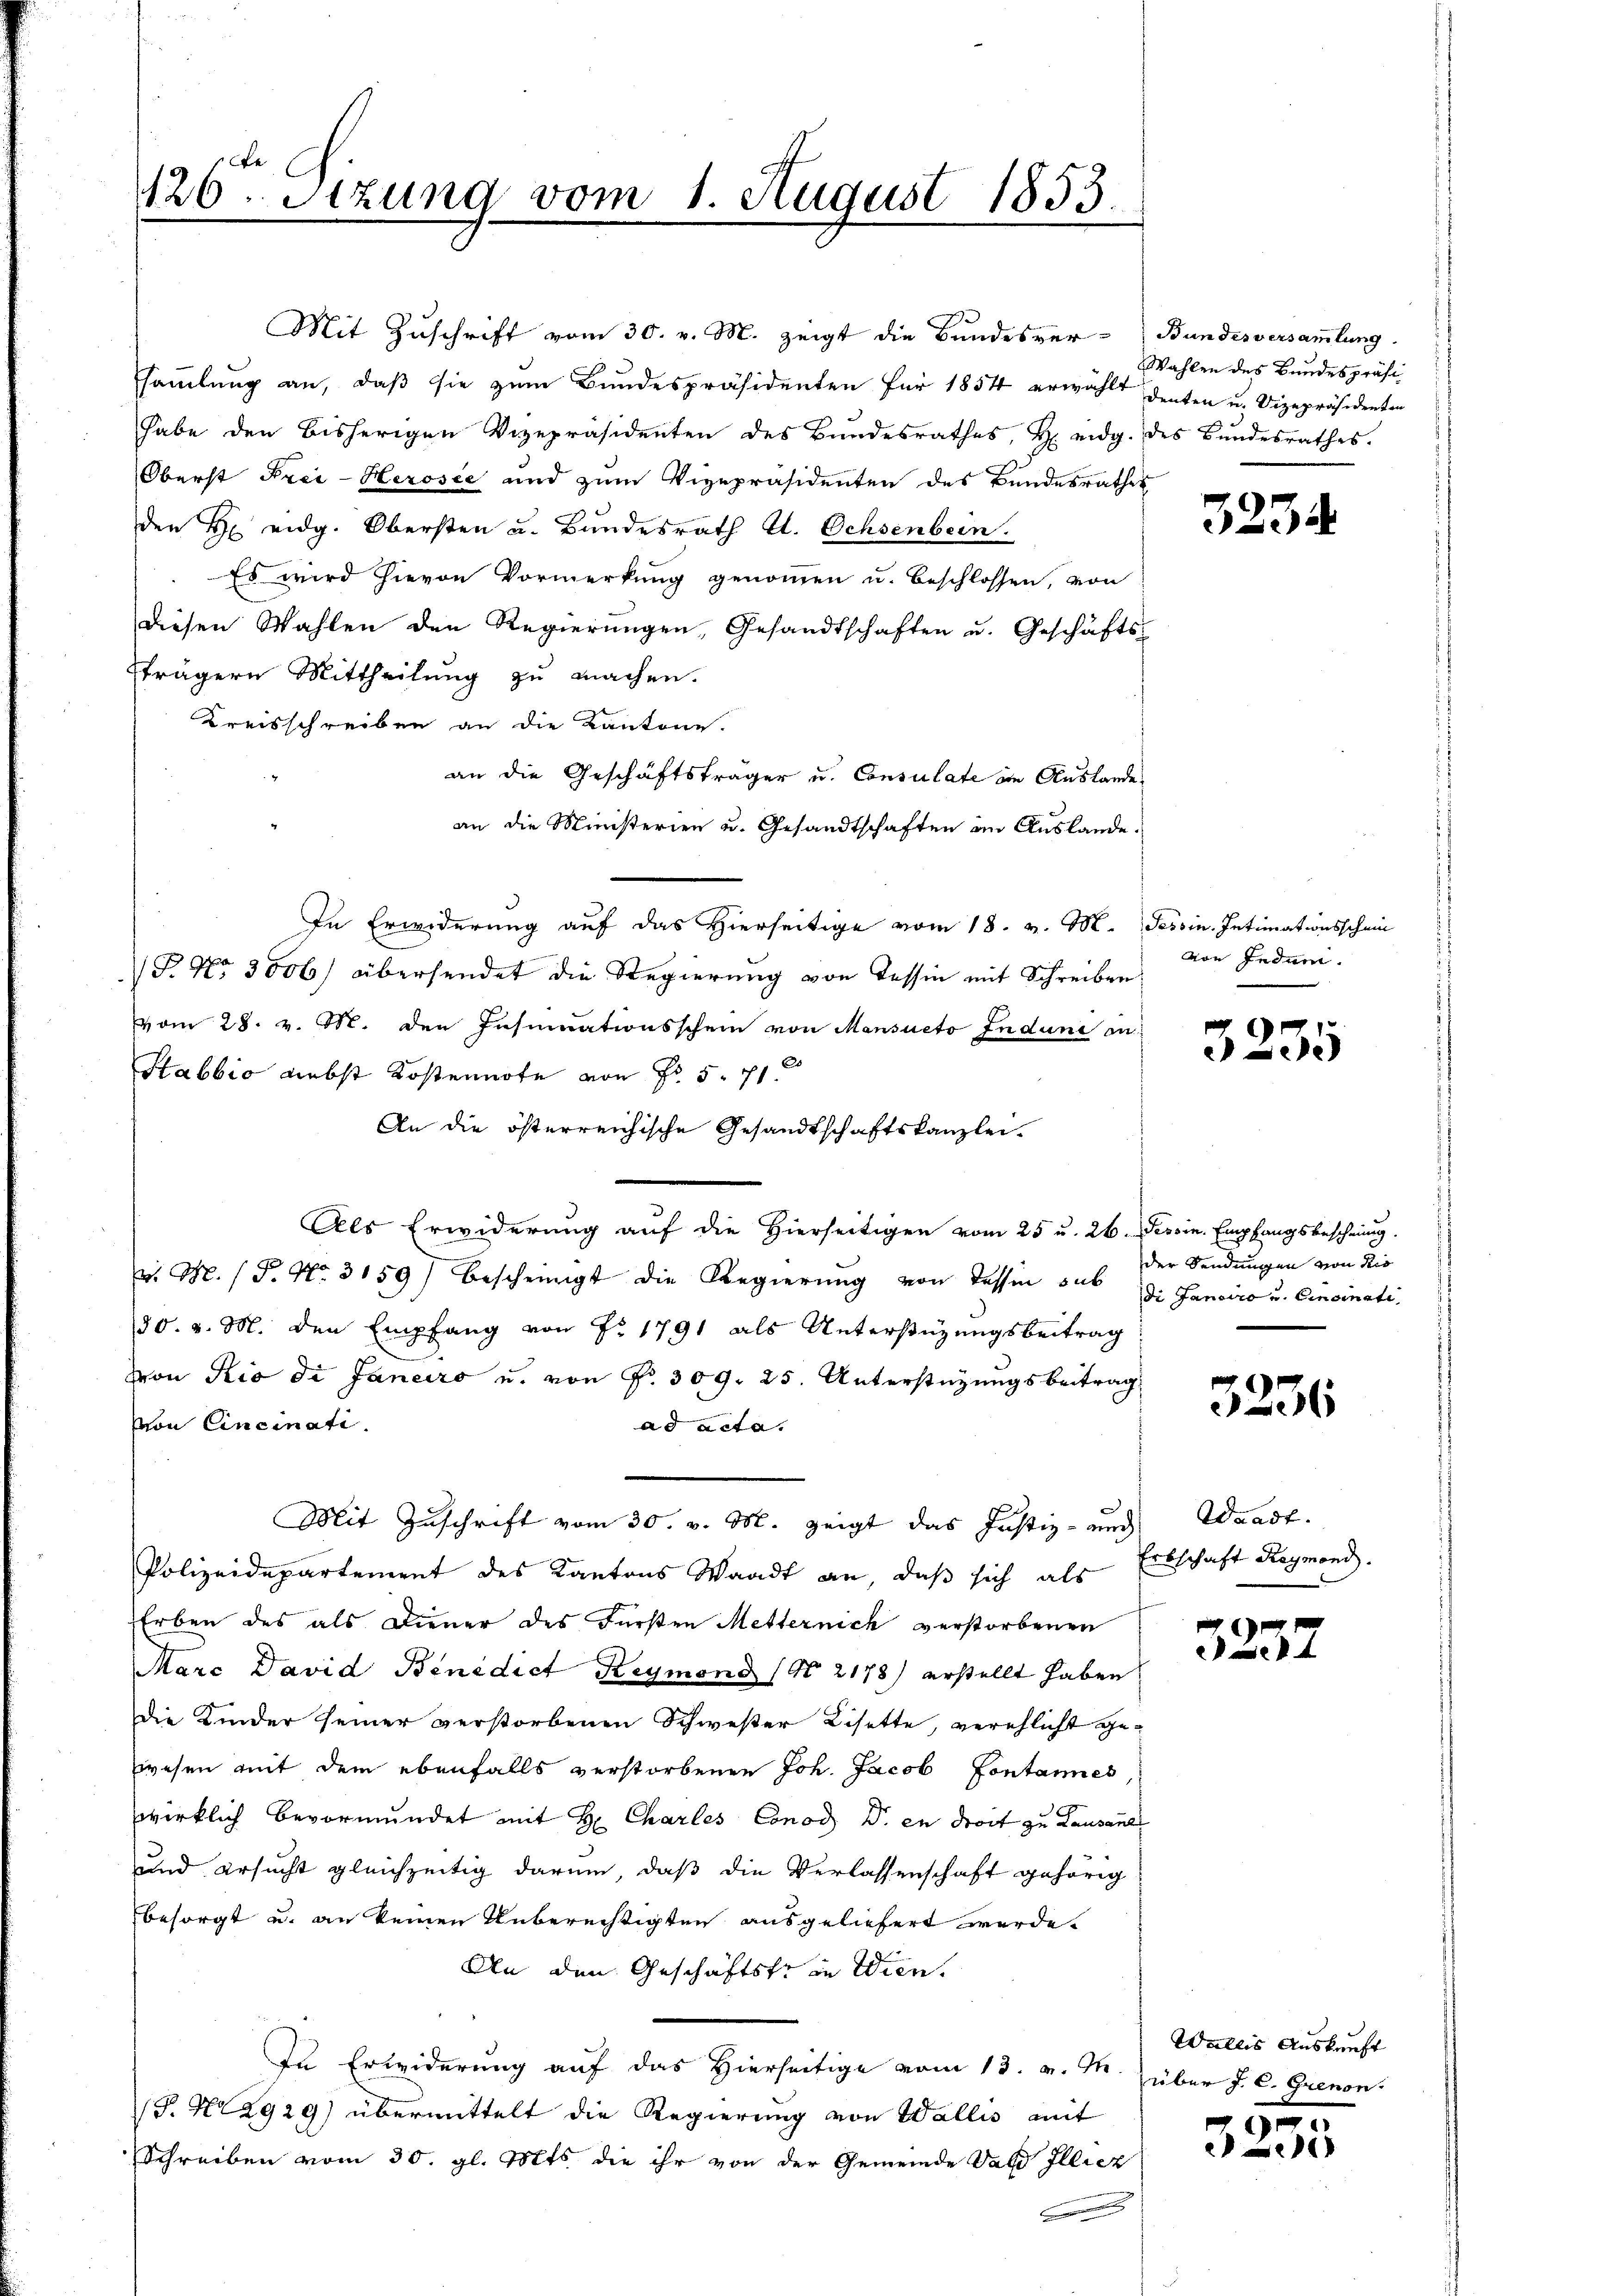
426. Sitzung vom 1. August 1853
.

saṁlŭng an, daβ sie zŭm Bŭndespräsidenten für 1854 erwählt denken u. Vizepräsidenten
habe den bisherigen Vizepräsidenten des Bundesrathes, H. eidg. des Bŭndesrathes.
Oberst Frei-Herosee und zum Vizepräsidenten des Bundesrathes
den H eidg. Obersten u. Bundesrath U. Ochsenbern.
Es wird hievon Vormerkung genommen u. beschlossen, von
diesen Wahlen den Regierungen, Gesandtschaften u. Geschäfts-
strägern Mittheilung zu machen.
Kreisschreiben an die Kantone.
an die Geschäftsträger u. Consulate an Auslande
an die Ministerien u. Gesandtschaften im Auslande.
In Erwiderung auf das Hierseitige vom 18. v. M. Tessin. Intimationsschein
1 No 3006) übersendet die Regierung von Tessin mit Schreiben,
vom 28. v. M. den Insumationsschein von Mensueto Induni an:
Stabbio Liebst Kostennote von Fr. 5. 71
An die österreichische Gesandtschaftskanzlei.
Als Erwiderung auf die Hierseitigen vom 25 u. 26. Sevoin. Empfangsbescheinig.
v. M. P. Nr. 3159) bescheinigt die Regierŭng von dessen sub J. Landico u. Cincinati
30. v. M. den Empfang von Nr 1791 als Unterstüzungsbeitrag
von Rio di Janeiro u. von Nr. 309. 25. Unterstützungsbeitrag
von Cincinati
ad acta.
Mit Zuschrift vom 30. v. M. zeigt das Justiz- und Waadt.
Polizeidepartement des Kantons Waadt an, daß sich als Erbschaft Reymond.
Erben des als Diener des Fürsten Metternich verstorbenen
Marc David Benedict Reymond (N. 2178) erstellt haben
Die Kinder seiner verstorbenen Schwester Lisette, verschlicht gewesen mit dem ebenfalls verstorbenen Joh. Jacob Contannes
wirklich bevormundet mit H. Charles Conod D. in droit zu Lausand
und ersucht gleichzeitig darum, daß die Verlassenschaft gehörig
besorgt u. an keinen Unberechtigten ausgeliefert werde.
An den Geschäftste in Wien.
In Erwiderung auf das Hierseitige vom 13. v. M. über J. C. Grenon
T. No 2929) übermittelt die Regierung von Wallis mit
Schreiben vom 30. gl. Mts. die ihr von der Gemeinde Wald Illiez

Mit Zuschrift vom 30. v. M. zeigt die Bundesver-Bundesversammlung.

Wahlen des Bundespräsi¬

3234.

von Indum.

ee)

der Sendungen von die

3236

3237

Wallis Auskunft

0 x
1